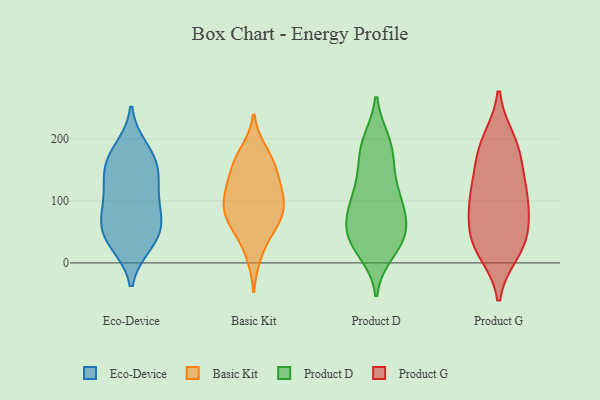
{"axis": {"x": "Temperature (°C)", "y": "Value"}, "legend": ["Basic Kit", "Eco-Device", "Product D", "Product G"], "data": [{"x": "", "y": 121, "type": "Eco-Device"}, {"x": "", "y": 85, "type": "Eco-Device"}, {"x": "", "y": 163, "type": "Eco-Device"}, {"x": "", "y": 149, "type": "Eco-Device"}, {"x": "", "y": 54, "type": "Eco-Device"}, {"x": "", "y": 184, "type": "Eco-Device"}, {"x": "", "y": 69, "type": "Eco-Device"}, {"x": "", "y": 131, "type": "Eco-Device"}, {"x": "", "y": 33, "type": "Eco-Device"}, {"x": "", "y": 49, "type": "Eco-Device"}, {"x": "", "y": 31, "type": "Eco-Device"}, {"x": "", "y": 93, "type": "Eco-Device"}, {"x": "", "y": 169, "type": "Eco-Device"}, {"x": "", "y": 179, "type": "Basic Kit"}, {"x": "", "y": 163, "type": "Basic Kit"}, {"x": "", "y": 143, "type": "Basic Kit"}, {"x": "", "y": 105, "type": "Basic Kit"}, {"x": "", "y": 104, "type": "Basic Kit"}, {"x": "", "y": 119, "type": "Basic Kit"}, {"x": "", "y": 13, "type": "Basic Kit"}, {"x": "", "y": 123, "type": "Basic Kit"}, {"x": "", "y": 73, "type": "Basic Kit"}, {"x": "", "y": 47, "type": "Basic Kit"}, {"x": "", "y": 81, "type": "Basic Kit"}, {"x": "", "y": 68, "type": "Basic Kit"}, {"x": "", "y": 165, "type": "Basic Kit"}, {"x": "", "y": 76, "type": "Basic Kit"}, {"x": "", "y": 45, "type": "Product D"}, {"x": "", "y": 41, "type": "Product D"}, {"x": "", "y": 104, "type": "Product D"}, {"x": "", "y": 197, "type": "Product D"}, {"x": "", "y": 125, "type": "Product D"}, {"x": "", "y": 31, "type": "Product D"}, {"x": "", "y": 56, "type": "Product D"}, {"x": "", "y": 17, "type": "Product D"}, {"x": "", "y": 122, "type": "Product D"}, {"x": "", "y": 177, "type": "Product D"}, {"x": "", "y": 47, "type": "Product D"}, {"x": "", "y": 182, "type": "Product D"}, {"x": "", "y": 70, "type": "Product D"}, {"x": "", "y": 79, "type": "Product D"}, {"x": "", "y": 150, "type": "Product D"}, {"x": "", "y": 86, "type": "Product D"}, {"x": "", "y": 95, "type": "Product D"}, {"x": "", "y": 26, "type": "Product D"}, {"x": "", "y": 197, "type": "Product D"}, {"x": "", "y": 83, "type": "Product G"}, {"x": "", "y": 51, "type": "Product G"}, {"x": "", "y": 198, "type": "Product G"}, {"x": "", "y": 112, "type": "Product G"}, {"x": "", "y": 22, "type": "Product G"}, {"x": "", "y": 170, "type": "Product G"}, {"x": "", "y": 38, "type": "Product G"}, {"x": "", "y": 94, "type": "Product G"}, {"x": "", "y": 123, "type": "Product G"}, {"x": "", "y": 41, "type": "Product G"}, {"x": "", "y": 18, "type": "Product G"}, {"x": "", "y": 165, "type": "Product G"}, {"x": "", "y": 195, "type": "Product G"}, {"x": "", "y": 109, "type": "Product G"}]}